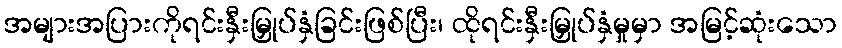
အများအပြားကိုရင်းနှီးမြှုပ်နှံခြင်းဖြစ်ပြီး၊ ထိုရင်းနှီးမြှုပ်နှံမှုမှာ အမြင့်ဆုံးသော